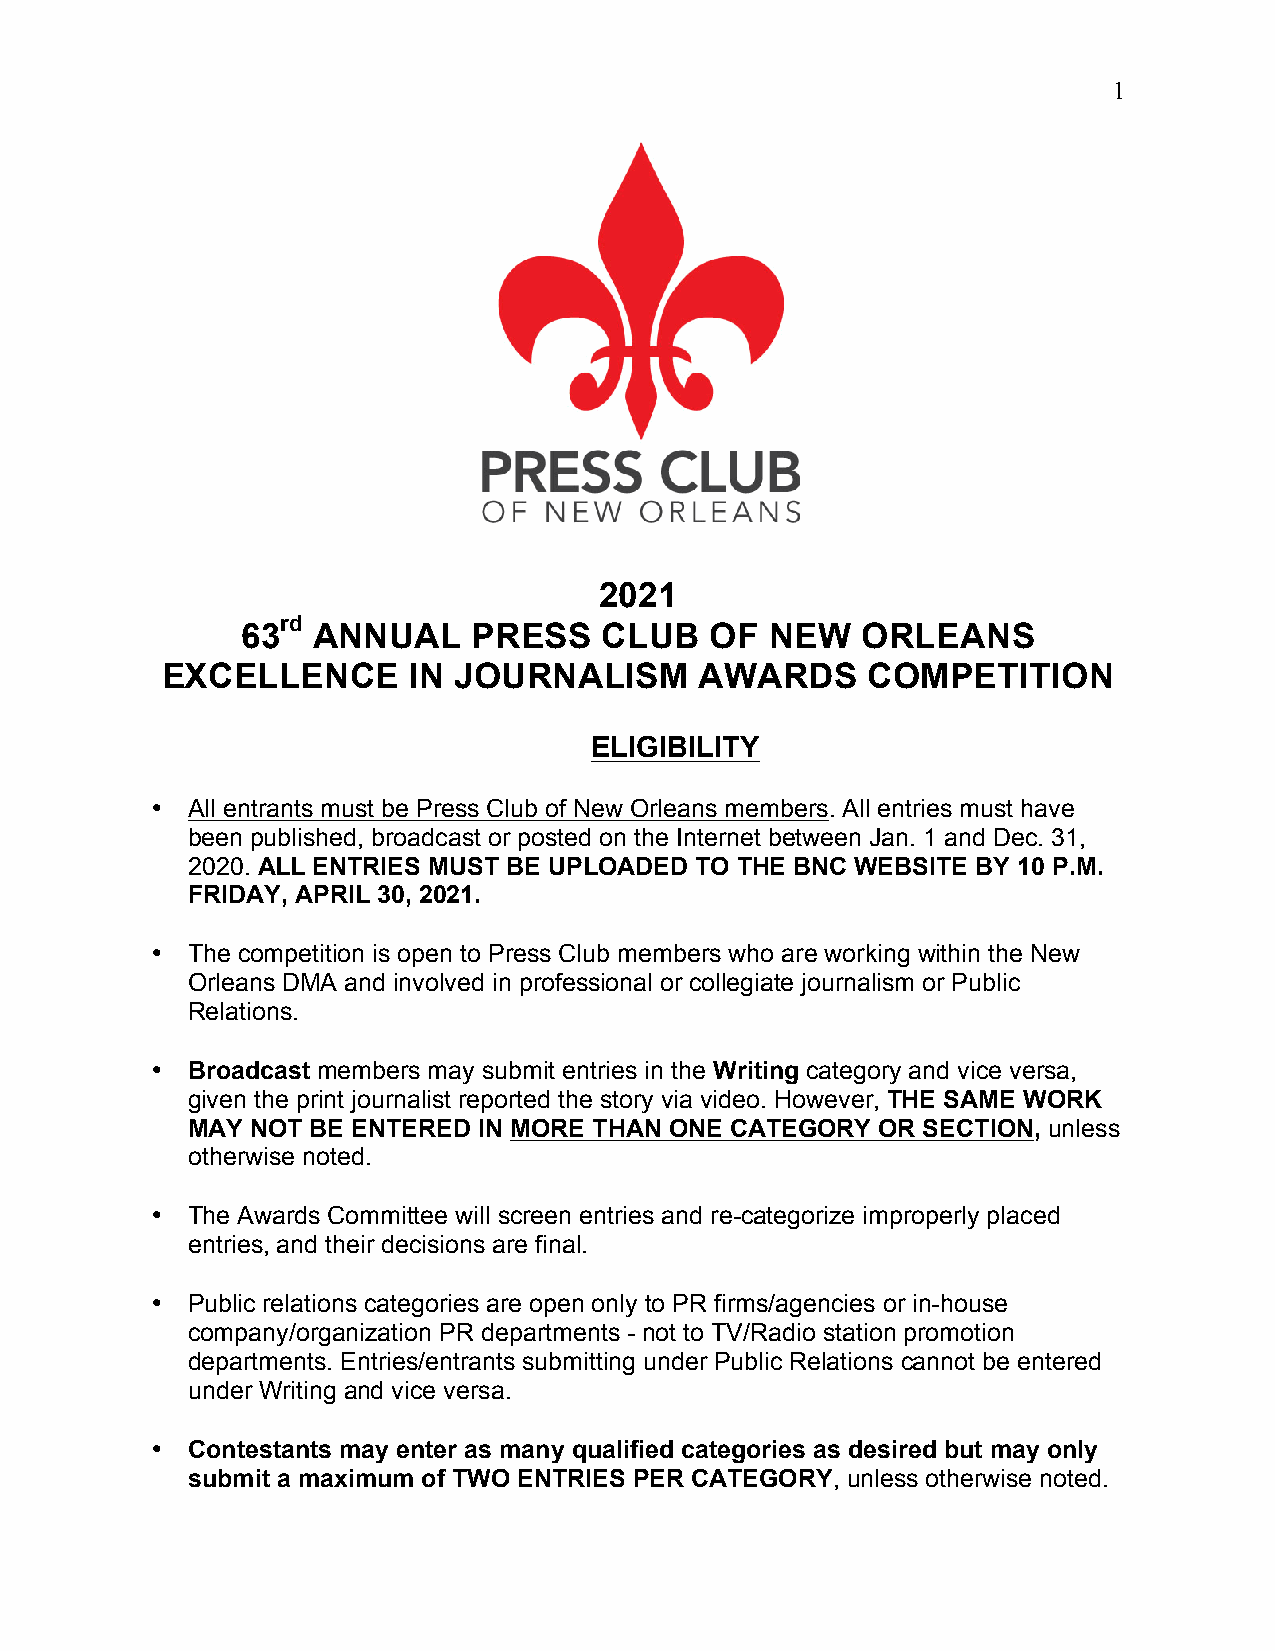
1
 2021
 rd
 63   ANNUAL    PRESS    CLUB   OF  NEW   ORLEANS
 EXCELLENCE      IN JOURNALISM      AWARDS     COMPETITION
 ELIGIBILITY
 • All entrants must be Press Club of New Orleans members. All entries must have
 been published, broadcast or posted on the Internet between Jan. 1 and Dec. 31,
 2020. ALL ENTRIES MUST BE UPLOADED TO THE BNC WEBSITE BY 10 P.M.
 FRIDAY, APRIL 30, 2021.
 • The competition is open to Press Club members who are working within the New
 Orleans DMA and involved in professional or collegiate journalism or Public
 Relations.
 • Broadcast members may submit entries in the Writing category and vice versa,
 given the print journalist reported the story via video. However, THE SAME WORK
 MAY  NOT BE ENTERED IN MORE THAN ONE CATEGORY OR SECTION, unless
 otherwise noted.
 • The Awards Committee will screen entries and re-categorize improperly placed
 entries, and their decisions are final.
 • Public relations categories are open only to PR firms/agencies or in-house
 company/organization PR departments - not to TV/Radio station promotion
 departments. Entries/entrants submitting under Public Relations cannot be entered
 under Writing and vice versa.
 • Contestants may enter as many qualified categories as desired but may only
 submit a maximum of TWO ENTRIES PER CATEGORY, unless otherwise noted.